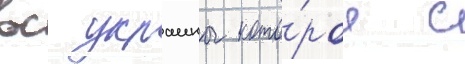
вс украины кото́рое с